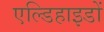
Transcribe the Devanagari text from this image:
एल्डिहाइडों